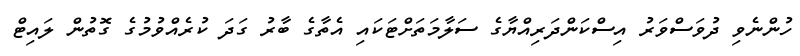
ހުންނެވި ދުވަސްވަރު އިސްކަންދަރިއްޔާގެ ސަލާމަތަށްޓަކައި އެތާގެ ބާރު ގަދަ ކުރެއްވުމުގެ ގޮތުން ލައިޓް